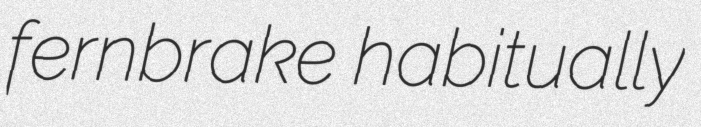
fernbrake habitually